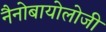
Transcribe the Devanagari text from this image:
नैनोबायोलोजी